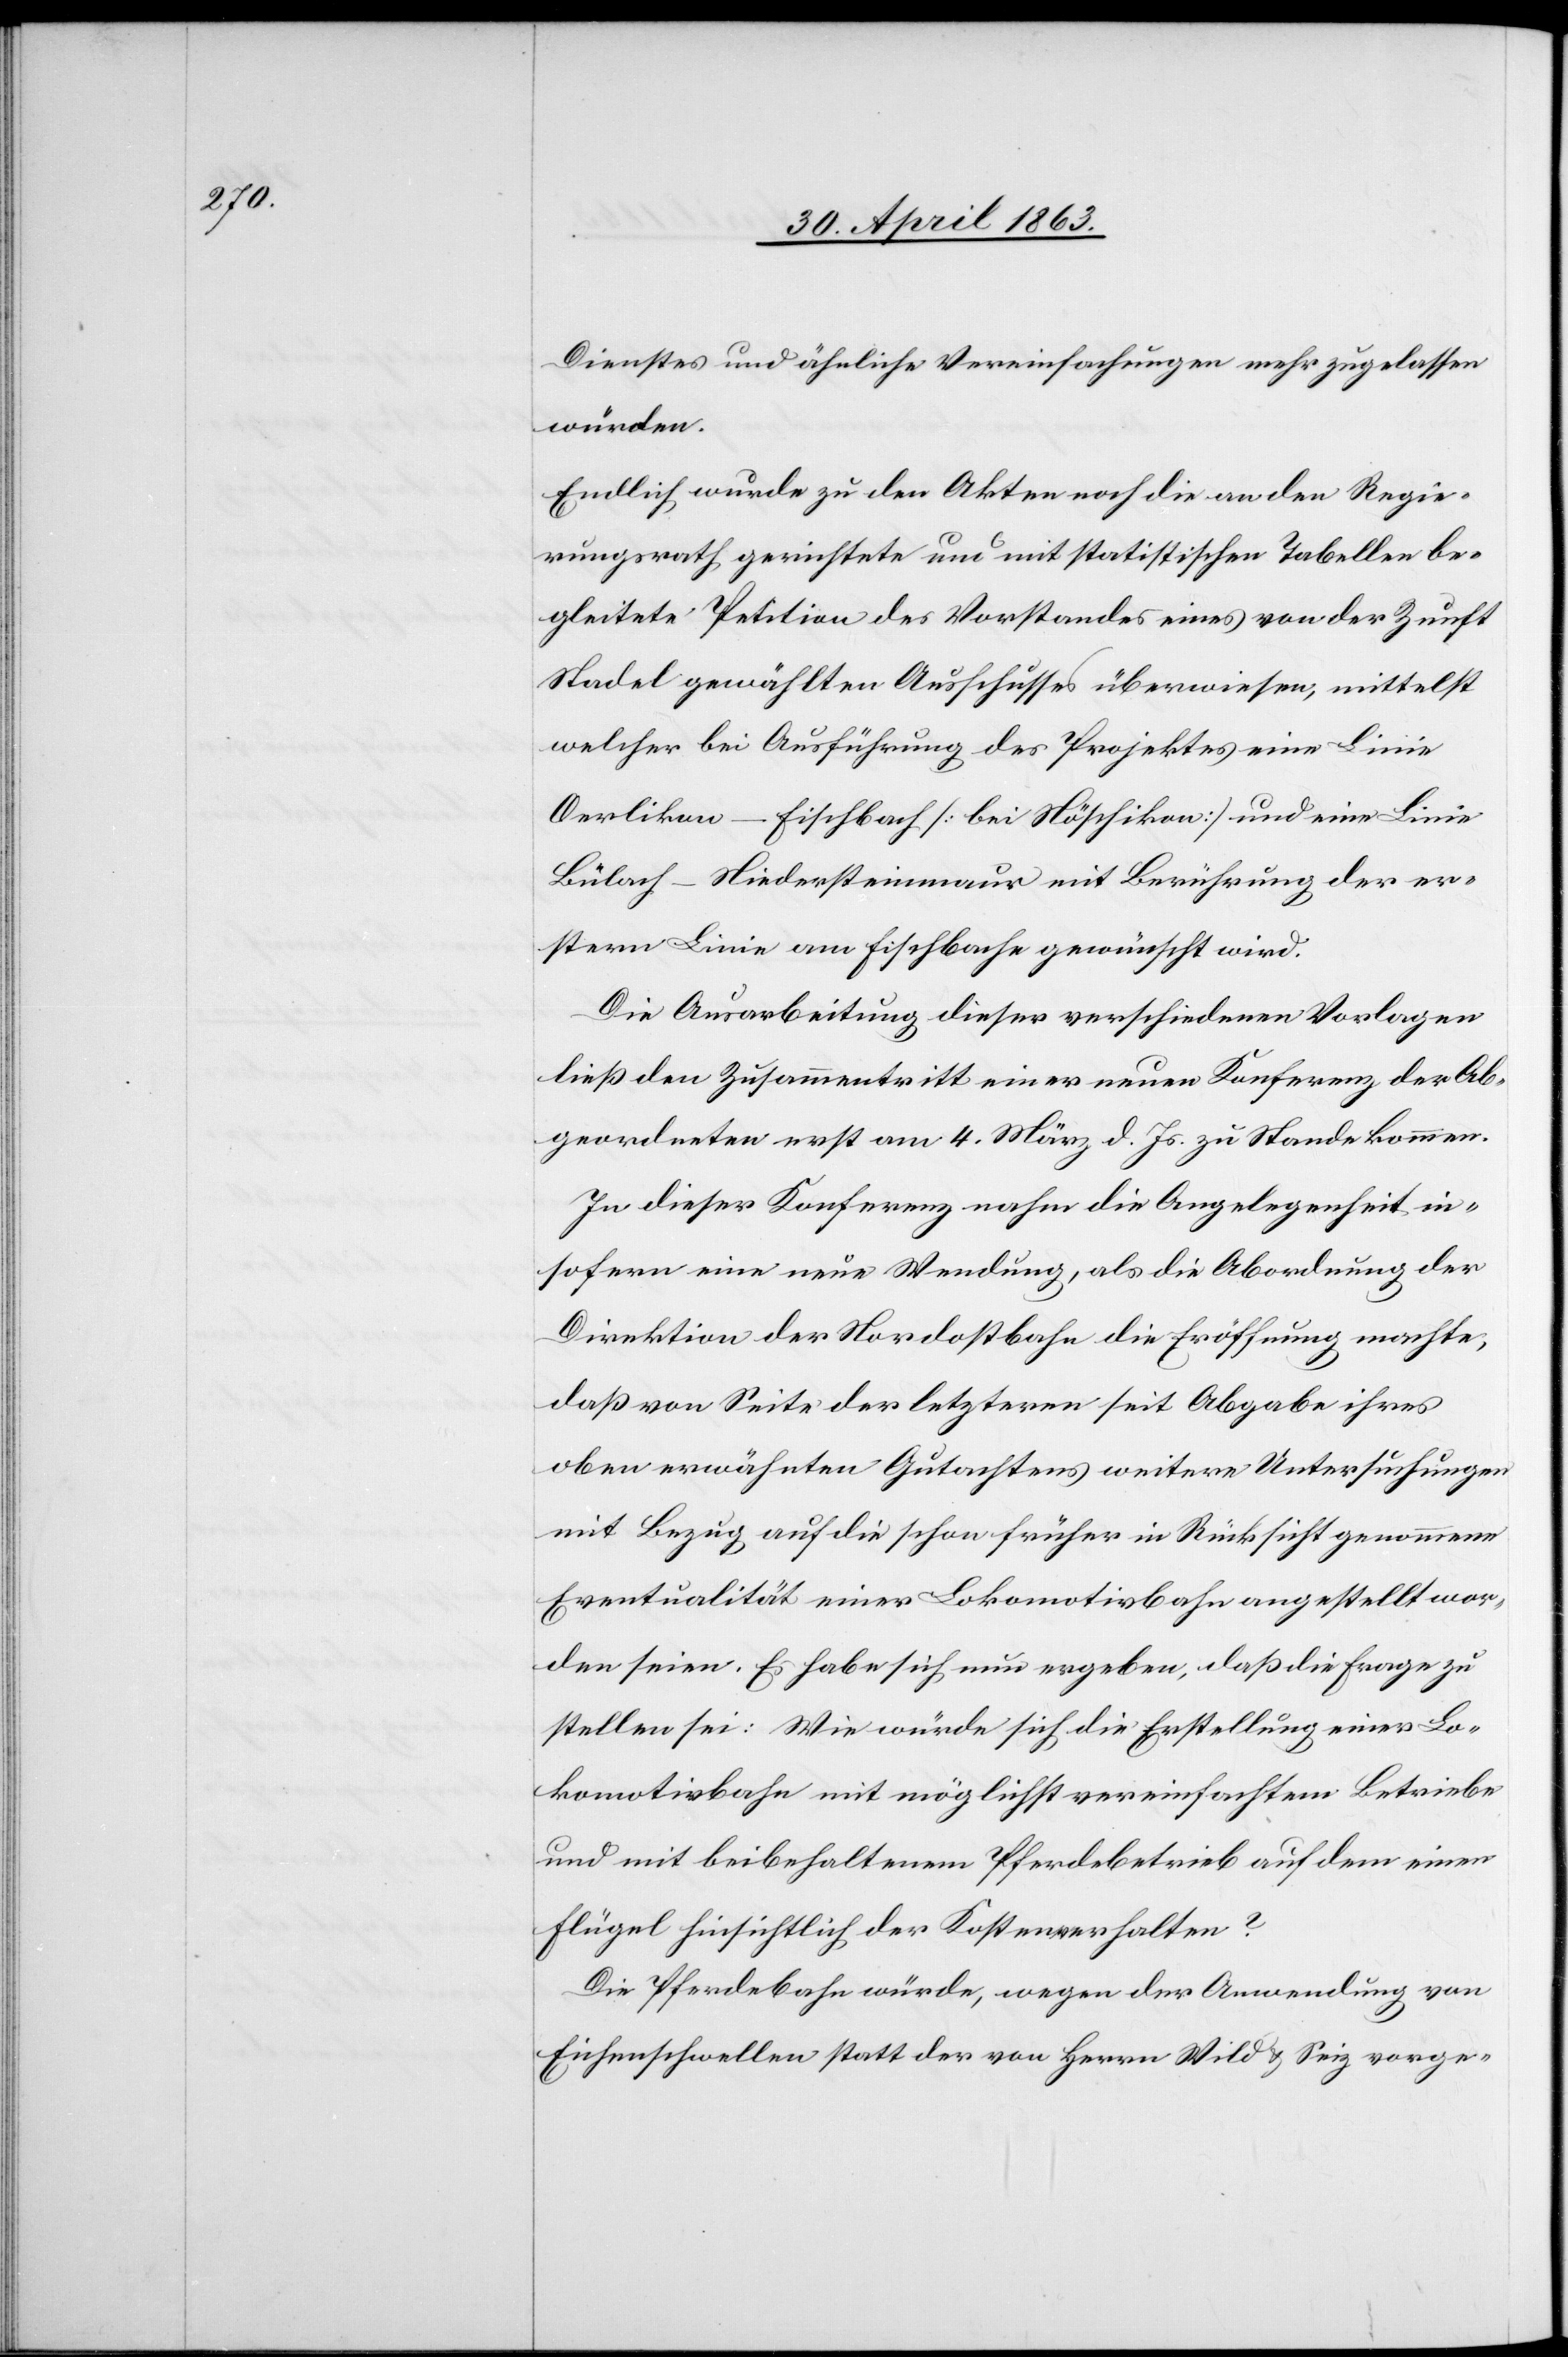
Dienstes und ähnliche Vereinfachungen mehr zugelassen
würden.
Endlich wurde zu den Akten noch die an den Regie¬
rungsrath gerichtete und mit statistischen Tabellen be¬
gleitete Petition des Vorstandes eines von der Zunft
Stadel gewählten Ausschusses überwiesen, mittelst
welcher bei Ausführung des Projektes eine Linie
Oerlikon–Fischbach [bei Nöschikon] und eine Linie
Bülach–Niedersteinmaur mit Berührung der er¬
stern Linie am Fischbache gewünscht wird.
Die Ausarbeitung dieser verschiedenen Vorlagen
ließ den Zusammentritt einer neuen Konferenz der Ab¬
geordneten erst am 4. März d. Js. zu Stande kommen.
In dieser Konferenz nahm die Angelegenheit in¬
sofern eine neue Wendung, als die Abordnung der
Direktion der Nordostbahn die Eröffnung machte,
daß von Seite der letzteren seit Abgabe ihres
oben erwähnten Gutachtens weitere Untersuchungen
mit Bezug auf die schon früher in Rücksicht genommene
Eventualität einer Lokomotivbahn angestellt wor¬
den seien. Es habe sich nun ergeben, daß die Frage zu
stellen sei: Wie würde sich die Erstellung einer Lo¬
komotivbahn mit möglichst vereinfachtem Betriebe
und mit beibehaltenem Pferdebetrieb auf dem einen
Flügel hinsichtlich der Kosten verhalten?
Die Pferdebahn würde, wegen der Anwendung von
Eichenschwellen statt der von Herrn Wild & Seiz vorge-